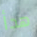
هدأ